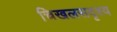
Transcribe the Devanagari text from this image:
चिखलसदृश्य